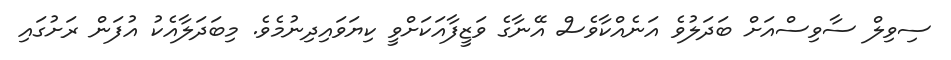
ސިވިލް ސާވިސްއަށް ބަދަލުވެ އަނެއްކާވެސް އޭނާގެ ވަޒީފާއަކަށްވީ ކިޔަވައިދިނުމެވެ. މިބަދަލާއެކު އުފަން ރަށުގައި